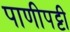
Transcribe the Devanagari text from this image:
पाणीपट्टी